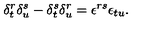
\delta _ { t } ^ { r } \delta _ { u } ^ { s } - \delta _ { t } ^ { s } \delta _ { u } ^ { r } = \epsilon ^ { r s } \epsilon _ { t u } .